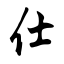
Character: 仕